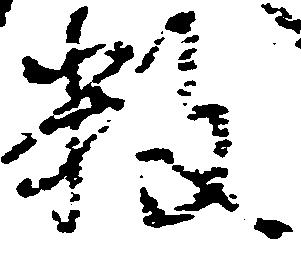
数